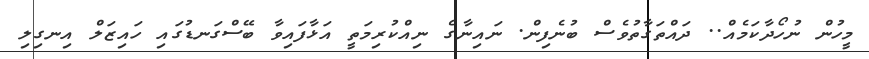
މީހުން ނުހޯދާކަމެއް.. ދައްތަގާތުވެސް ބުނެފިން. ނައިނާގެ ނިއްކުރިމަތީ އަޅާފައިވާ ބޭސްގަނޑުގައި ހައިޒަލް އިނގިލި